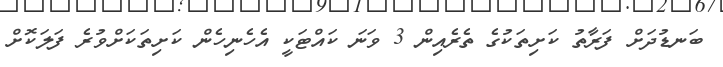
ބަނޑުދަށް ފަރާތު ކަށިތަކުގެ ތެރެއިން 3 ވަނަ ކައްޓަކީ އެހެނިހެން ކަށިތަކަށްވުރެ ފަލަކޮށް